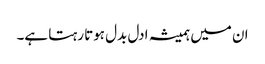
ان میں ہمیشہ ادل بدل ہوتا رہتا ہے۔